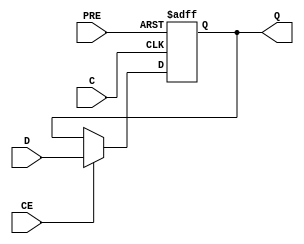
module FDPE_ZINI (output reg Q, input C, CE, D, PRE);
  parameter [0:0] ZINI = 1'b0;
  parameter [0:0] IS_C_INVERTED = 1'b0;
  initial Q <= !ZINI;
  generate case (|IS_C_INVERTED)
    1'b0: always @(posedge C, posedge PRE) if (PRE) Q <= 1'b1; else if (CE) Q <= D;
    1'b1: always @(negedge C, posedge PRE) if (PRE) Q <= 1'b1; else if (CE) Q <= D;
  endcase endgenerate
endmodule